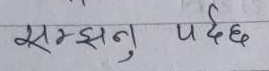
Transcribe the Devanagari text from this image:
सम्झनु पर्दछ